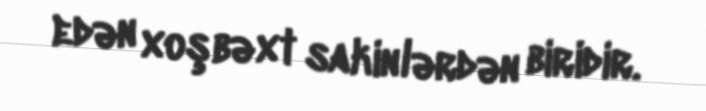
edən xoşbəxt sakinlərdən biridir.